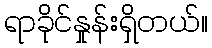
ရာခိုင်နှုန်းရှိတယ်။